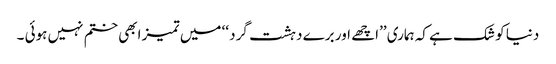
دنیا کو شک ہے کہ ہماری ’’اچھے اور برے دہشت گرد ‘‘ میں تمیز ابھی ختم نہیں ہوئی ۔